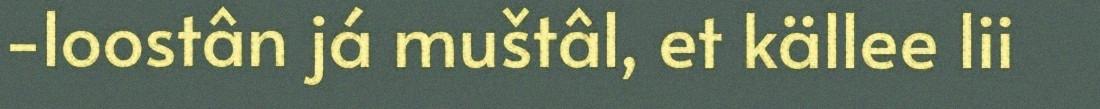
-loostân já muštâl, et källee lii